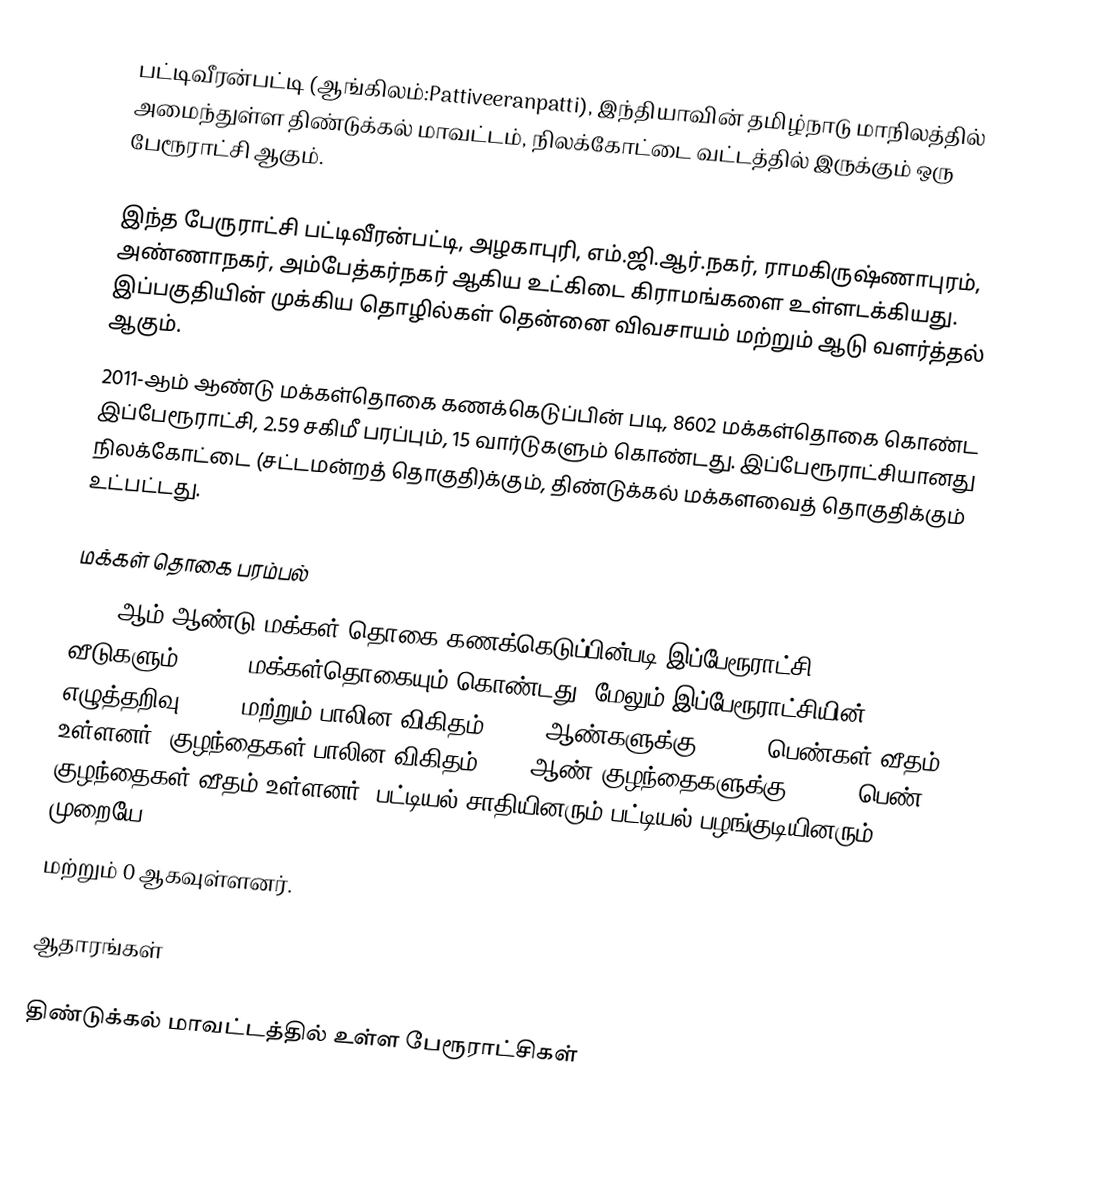
பட்டிவீரன்பட்டி (ஆங்கிலம்:Pattiveeranpatti), இந்தியாவின் தமிழ்நாடு மாநிலத்தில் அமைந்துள்ள திண்டுக்கல் மாவட்டம், நிலக்கோட்டை வட்டத்தில் இருக்கும் ஒரு பேரூராட்சி ஆகும்.

இந்த பேருராட்சி  பட்டிவீரன்பட்டி,  அழகாபுரி, எம்.ஜி.ஆர்.நகர், ராமகிருஷ்ணாபுரம், அண்ணாநகர், அம்பேத்கர்நகர் ஆகிய  உட்கிடை கிராமங்களை உள்ளடக்கியது. இப்பகுதியின் முக்கிய தொழில்கள் தென்னை விவசாயம் மற்றும் ஆடு வளர்த்தல் ஆகும்.
2011-ஆம் ஆண்டு மக்கள்தொகை கணக்கெடுப்பின் படி,  8602 மக்கள்தொகை கொண்ட இப்பேரூராட்சி,  2.59 சகிமீ பரப்பும்,  15  வார்டுகளும் கொண்டது.  இப்பேரூராட்சியானது நிலக்கோட்டை (சட்டமன்றத் தொகுதி)க்கும், திண்டுக்கல் மக்களவைத் தொகுதிக்கும் உட்பட்டது.

மக்கள் தொகை பரம்பல்
2011-ஆம் ஆண்டு மக்கள் தொகை கணக்கெடுப்பின்படி   இப்பேரூராட்சி 2,290    வீடுகளும்,    8,602 மக்கள்தொகையும் கொண்டது. மேலும் இப்பேரூராட்சியின் எழுத்தறிவு 88.6% மற்றும்  பாலின விகிதம் 1,000 ஆண்களுக்கு, 1,059 பெண்கள் வீதம் உள்ளனர். குழந்தைகள் பாலின விகிதம் 1000 ஆண் குழந்தைகளுக்கு,     1,064 பெண் குழந்தைகள் வீதம் உள்ளனர்.  பட்டியல் சாதியினரும் பட்டியல் பழங்குடியினரும்  முறையே 2,060
மற்றும் 0 ஆகவுள்ளனர்.

ஆதாரங்கள்

திண்டுக்கல் மாவட்டத்தில் உள்ள பேரூராட்சிகள்